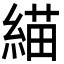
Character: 緢